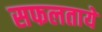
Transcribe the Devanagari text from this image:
सफलताये